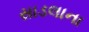
સાડલાના